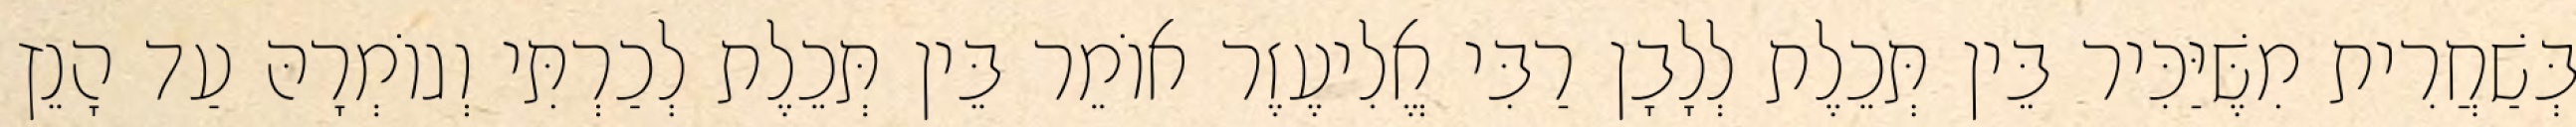
בְּשַׁחֲרִית מִשֶּׁיַּכִּיר בֵּין תְּכֵלֶת לְלָבָן רַבִּי אֱלִיעֶזֶר אוֹמֵר בֵּין תְּכֵלֶת לְכַרְתִּי וְגוֹמְרָהּ עַד הָנֵץ